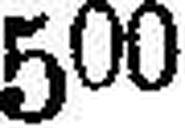
500